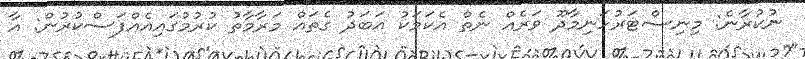
ނުކުރާނެ: މިނިސްޓަރުހަނިމާދޫ ވަރެއް ނެތް އެކަމަކު އަބަދު ގެތައް މަރާމާތު ކުރުމުގައިއެއްފަސްކުރުން: އާ